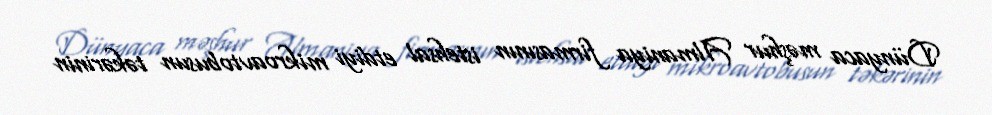
Dünyaca məşhur Almaniya firmasının istehsal etdiyi mikroavtobusun təkərinin